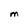
Character: M